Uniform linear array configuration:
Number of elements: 48
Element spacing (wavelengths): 1
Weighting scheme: exponential
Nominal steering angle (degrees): -60
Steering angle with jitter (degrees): -60.462
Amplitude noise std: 0.05
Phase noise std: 0.05

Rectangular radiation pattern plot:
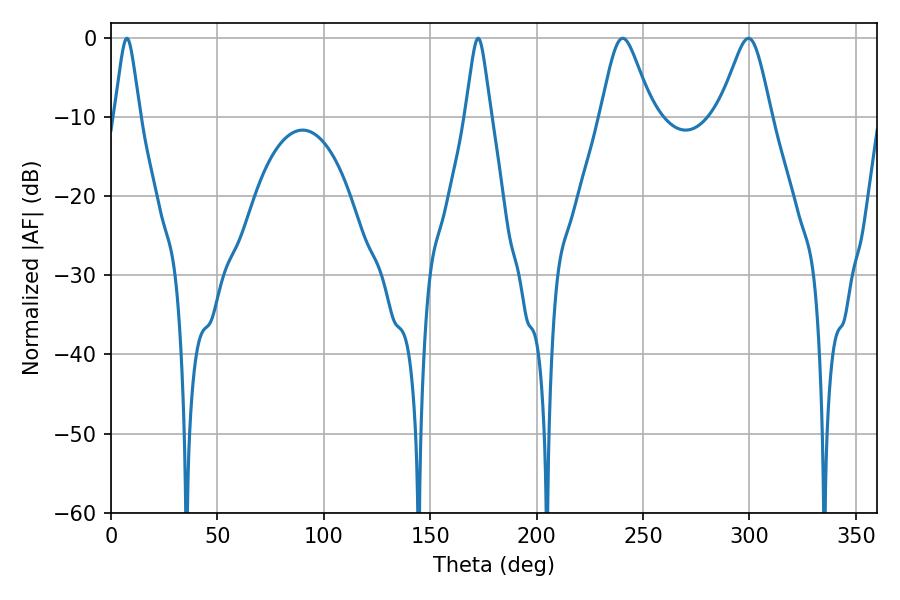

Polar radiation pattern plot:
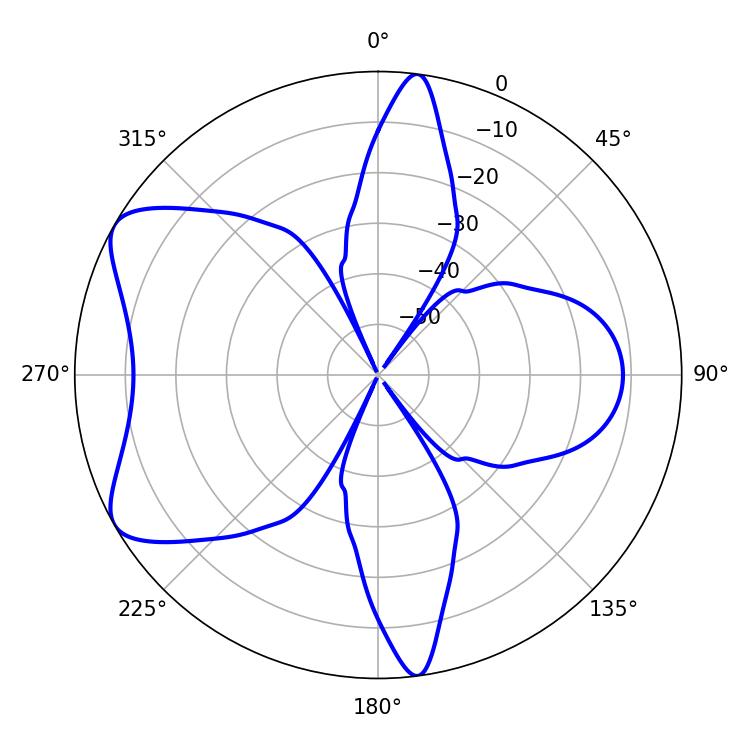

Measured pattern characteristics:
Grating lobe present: TRUE
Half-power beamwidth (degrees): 11.88
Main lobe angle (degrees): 240.48